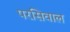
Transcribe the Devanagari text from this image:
परसिवाल